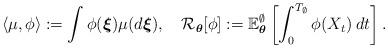
LaTeX: \begin{align*}\langle\mu,\phi\rangle:=\int\phi(\boldsymbol{\xi})\mu(d\boldsymbol{\xi}),\quad\mathcal{R}_{\boldsymbol{\theta}}[\phi]:=\mathbb{E}_{\boldsymbol{\theta}}^\emptyset\left[\int_0^{T_\emptyset}\phi(X_t)\:dt\right].\end{align*}